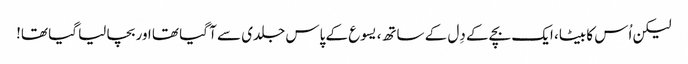
لیکن اُس کا بیٹا، ایک بچے کے دِل کے ساتھ، یسوع کے پاس جلدی سے آ گیا تھا اور بچا لیا گیا تھا!